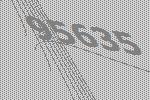
95635